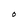
Character: O